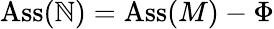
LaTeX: \operatorname{Ass}(\mathbb{N})=\operatorname{Ass}(M)-\Phi